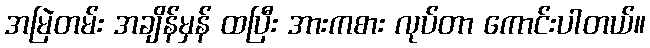
အမြဲတမ်း အချိန်မှန် ထပြီး အားကစား လုပ်တာ ကောင်းပါတယ်။